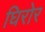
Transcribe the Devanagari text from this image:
घिरोर